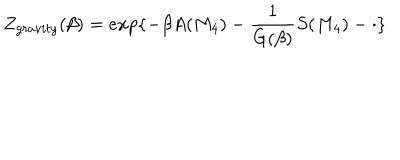
LaTeX: Z _ { g r a v i t y } ( \beta ) = e x p \{ - \beta A ( M _ { 4 } ) - \frac { 1 } { G ( \beta ) } S ( M _ { 4 } ) - \cdot \}